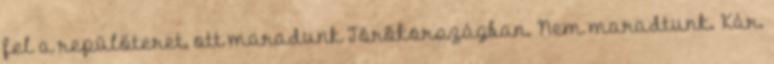
fel a repülőteret, ott maradunk Törökországban. Nem maradtunk. Kár.